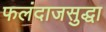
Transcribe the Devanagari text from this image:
फलंदाजसुद्धा